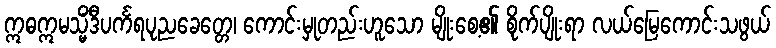
ဣဓဣမသ္မိံဒီပင်္ကရပုညခေတ္တေ၊ ကောင်းမှုတည်းဟူသော မျိုးစေ့၏ စိုက်ပျိုးရာ လယ်မြေကောင်းသဖွယ်